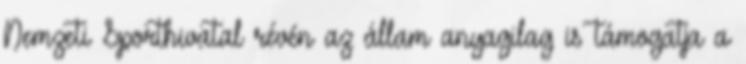
Nemzeti Sporthivatal révén az állam anyagilag is támogatja a